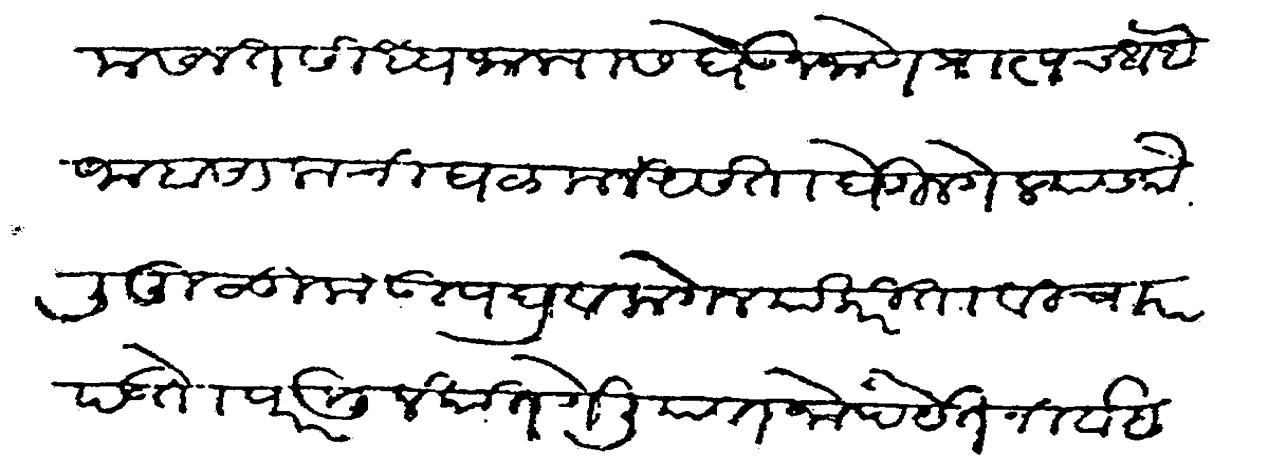
Transliteration (Devanagari): मसलत साध्य जाल्यास घेऊन जाणे प्राप्तच आहे जाब सालाची घळमल असता घेऊन गेल्यास कौली मुळीक उपद्रव लागेल याकरिता विचार पडतो परमुलकात गेलीया जो पर्यत निर्वाह